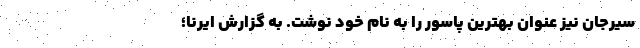
سیرجان نیز عنوان بهترین پاسور را به نام خود نوشت. به گزارش ایرنا؛